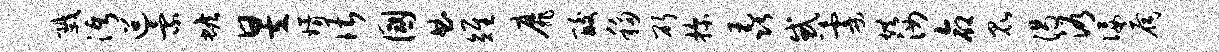
戮沔迢索蟾昱婿谌国曲雉靡酸移斫探毳惑霎烘汝命昆渴浴佞扃